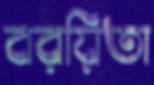
বরয়িতা